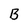
Character: B